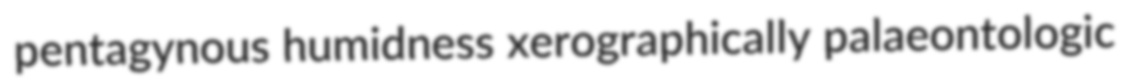
pentagynous humidness xerographically palaeontologic